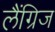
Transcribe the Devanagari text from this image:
लैंग्रिज